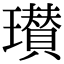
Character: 瓉